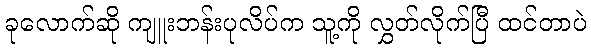
ခုလောက်ဆို ကျူးဘန်းပုလိပ်က သူ့ကို လွှတ်လိုက်ပြီ ထင်တာပဲ